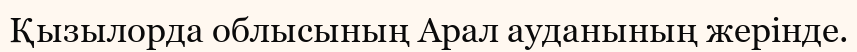
Қызылорда облысының Арал ауданының жерінде.